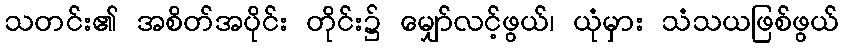
သတင်း၏ အစိတ်အပိုင်း တိုင်း၌ မျှော်လင့်ဖွယ်၊ ယုံမှား သံသယဖြစ်ဖွယ်